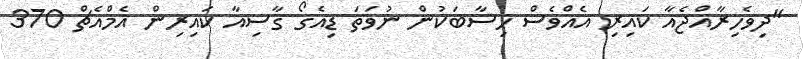
"ދިވެހިރާއްޖެއާ ކައިރި އެއްވެސް ހިސާބަކުން ނުވަތަ ޑިއެގޯ ގާސިއާ ކައިރިން އެމްއެޗް 370